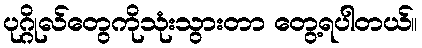
ပုဂ္ဂိုလ်တွေကိုသုံးသွားတာ တွေ့ရပါတယ်။